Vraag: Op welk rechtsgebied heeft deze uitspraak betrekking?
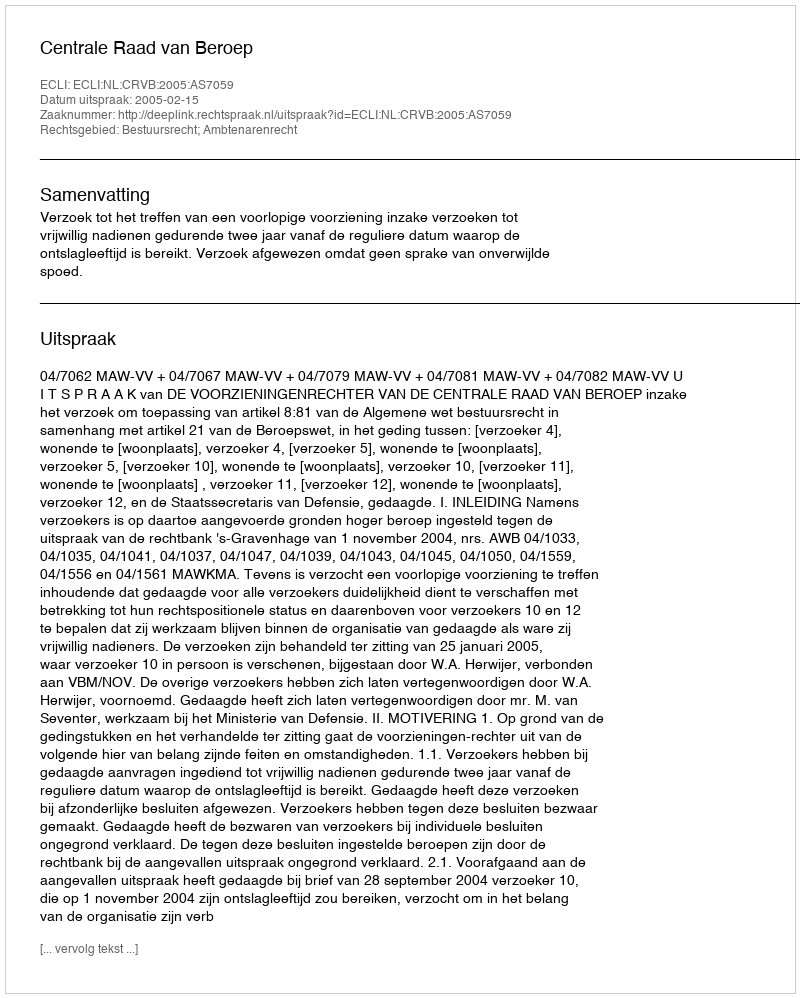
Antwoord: Bestuursrecht; Ambtenarenrecht